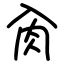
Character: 肏